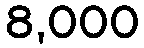
8,000